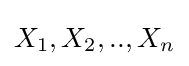
X_{1},X_{2},..,X_{n}